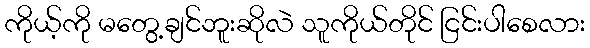
ကိုယ့်ကို မတွေ့ချင်ဘူးဆိုလဲ သူကိုယ်တိုင် ငြင်းပါစေလား